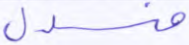
منسدل